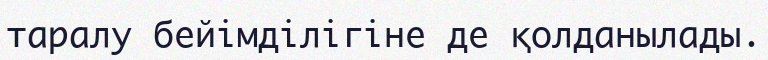
таралу бейімділігіне де қолданылады.